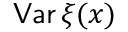
{ \mathsf { V a r } } \, \xi ( x )